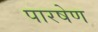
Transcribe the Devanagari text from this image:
पारषेण